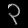
Digit: ၃